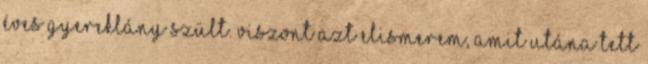
éves gyereklány szült. Viszont azt elismerem, amit utána tett